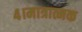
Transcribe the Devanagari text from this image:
४।मात्रात्मक